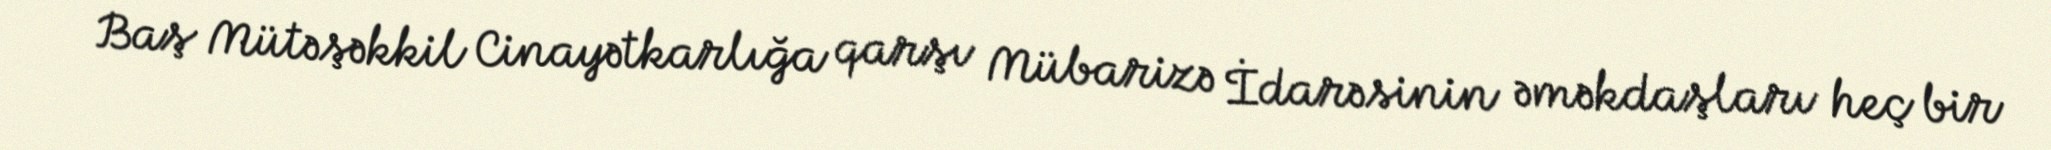
Baş Mütəşəkkil Cinayətkarlığa qarşı Mübarizə İdarəsinin əməkdaşları heç bir